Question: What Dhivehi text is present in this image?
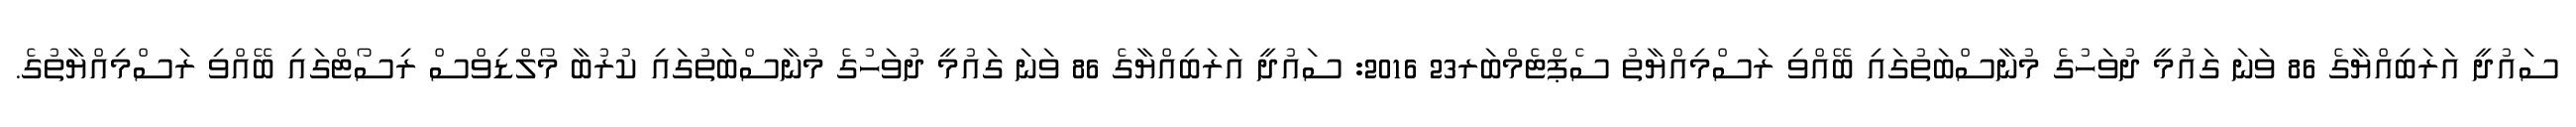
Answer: ސައުދީ އަރަބިއްޔާގެ 86 ވަނަ ގައުމީ ދުވަހުގެ މުނާސްބަތުގައި ބޭއްވި ރަސްމިއްޔާތު ސެޕްޓެމްބަރ23 2016: ސައުދީ އަރަބިއްޔާގެ 86 ވަނަ ގައުމީ ދުވަހުގެ މުނާސްބަތުގައި ކުރުބާ މޯލްޑިވްސް ރިސޯޓްގައި ބޭއްވި ރަސްމިއްޔާތުގެ.